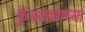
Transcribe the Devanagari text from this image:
कुंभवड्याच्या